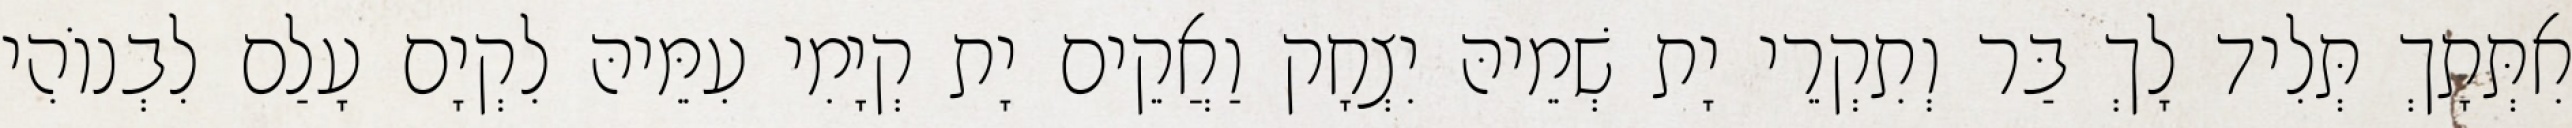
אִתְּתָךְ תְּלִיד לָךְ בַּר וְתִקְרֵי יָת שְׁמֵיהּ יִצְחָק וַאֲקֵים יָת קְיָמִי עִמֵּיהּ לִקְיָם עָלַם לִבְנוֹהִי